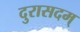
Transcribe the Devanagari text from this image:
दुरासदम्